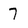
Character: 7